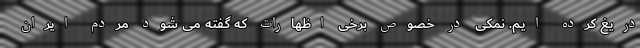
دریغ کرده ایم. نمکی در خصوص برخی اظهارات که گفته می شود مردم ایران